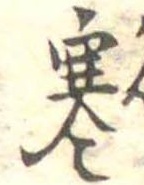
寒